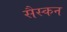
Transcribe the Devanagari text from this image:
सैस्कन